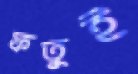
ফতুই